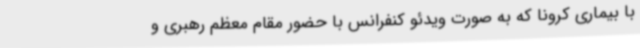
با بیماری کرونا که به صورت ویدئو کنفرانس با حضور مقام معظم رهبری و